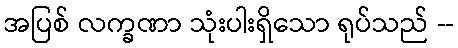
အပြစ် လက္ခဏာ သုံးပါးရှိသော ရုပ်သည် --